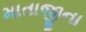
માતાજીના